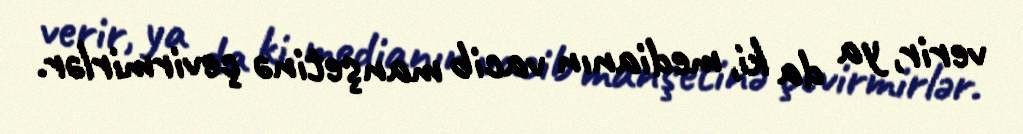
verir, ya da ki, medianın vacib manşetinə çevirmirlər.